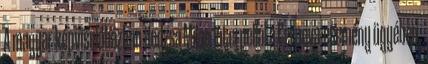
A magyar képviselőházban Hodzsa Milan interpellál a Cernova-esemény ügyében.